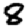
Digit: 8